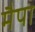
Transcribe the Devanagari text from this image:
मैपा